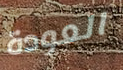
العودة